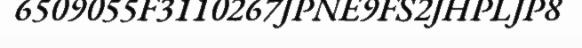
6509055F3110267JPNE9FS2JHPLJP8